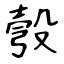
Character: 彀